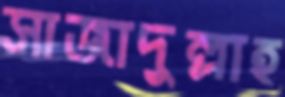
সাজাদুল্লাহ